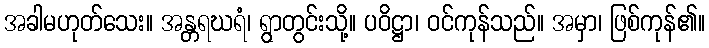
အခါမဟုတ်သေး။ အန္တရဃရံ၊ ရွာတွင်းသို့။ ပဝိဋ္ဌာ၊ ဝင်ကုန်သည်။ အမှာ၊ ဖြစ်ကုန်၏။